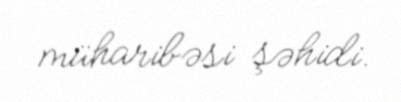
müharibəsi şəhidi.